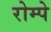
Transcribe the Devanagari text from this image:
रोम्पे